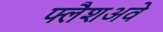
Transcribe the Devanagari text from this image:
फ्लैशअवे